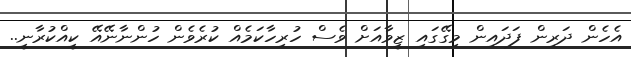
އެހެން ދަރިން ފަދައިން މިގޭގައި ޒީވާއަށް ވެސް ހުރިހާކަމެއް ކުރެވެން ހުންނާނޭއޭ ކީއްކުރާނީ..